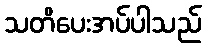
သတိပေးအပ်ပါသည်